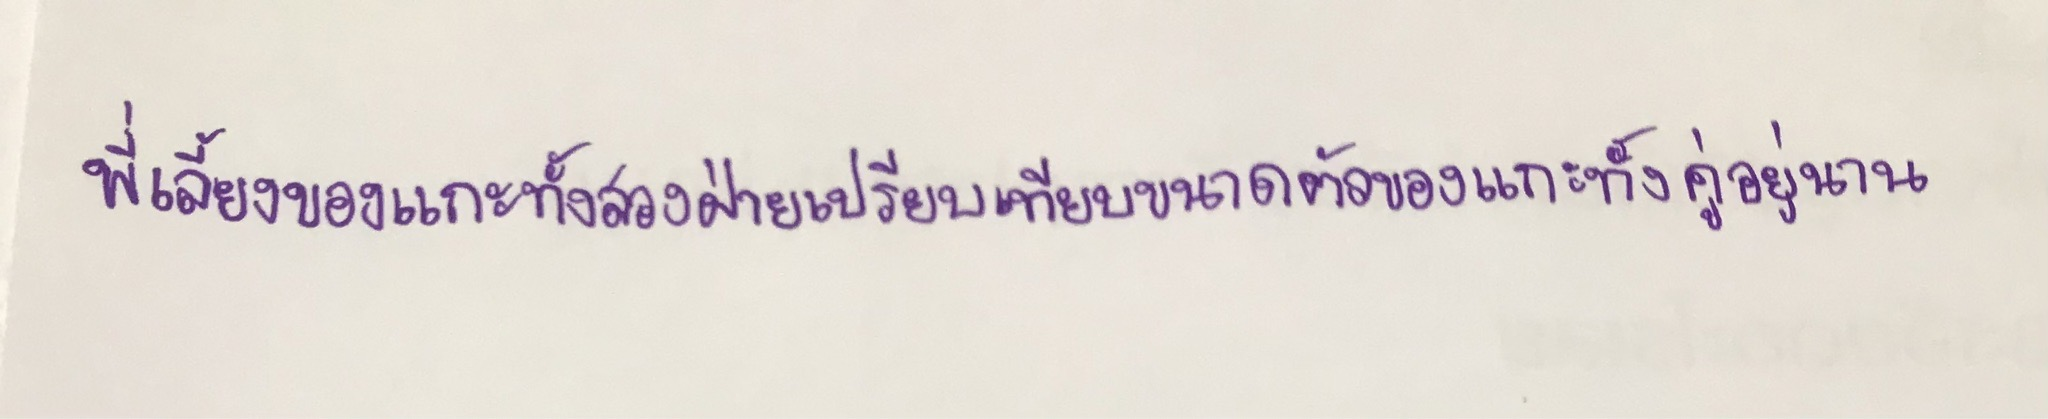
พี่เลี้ยงของแกะทั้งสองฝ่ายเปรียบเทียบขนาดตัวของแกะทั้งคู่อยู่นาน